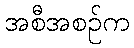
အစီအစဉ်က